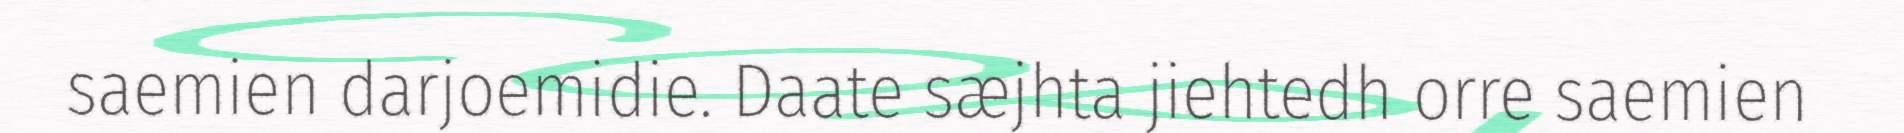
saemien darjoemidie. Daate sæjhta jiehtedh orre saemien